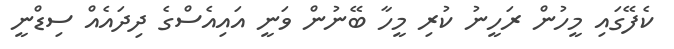
ކެފޭގައި މީހުން ރަހީނު ކުރި މީހާ ބޭނުން ވަނީ އައިއެސްގެ ދިދައެއް ސިޑްނީ